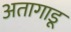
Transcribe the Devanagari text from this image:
अतागाडू